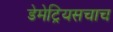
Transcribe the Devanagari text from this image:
डेमेट्रियसचाच